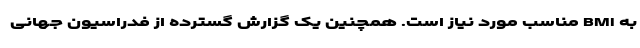
به BMI مناسب مورد نیاز است.‌ همچنین یک گزارش گسترده از فدراسیون جهانی